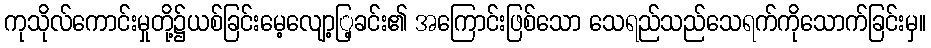
ကုသိုလ်ကောင်းမှုတို့၌ယစ်ခြင်းမေ့လျော့ြ့ခင်း၏ အကြောင်းဖြစ်သော သေရည်သည်သေရက်ကိုသောက်ခြင်းမှ။